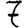
Digit: 7